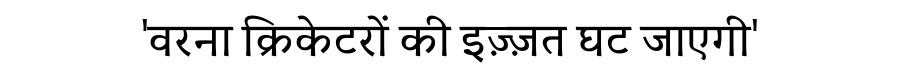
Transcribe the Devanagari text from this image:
'वरना क्रिकेटरों की इज़्ज़त घट जाएगी'